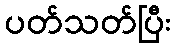
ပတ်သတ်ပြီး